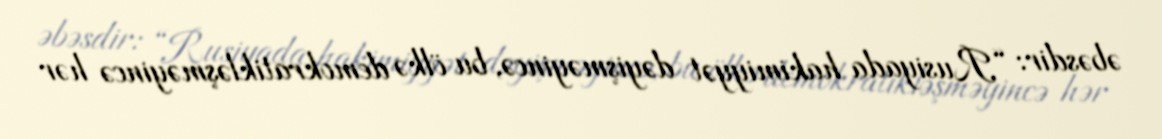
əbəsdir: “Rusiyada hakimiyyət dəyişməyincə, bu ölkə demokratikləşməyincə hər